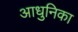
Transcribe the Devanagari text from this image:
आधुनिका